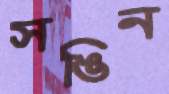
সঙিন